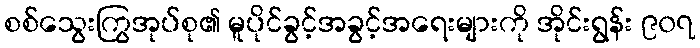
စစ်သွေးကြွအုပ်စု၏ မူပိုင်ခွင့်အခွင့်အရေးများကို အိုင်းရွန်း ၉၀၇